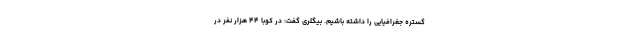
گستره جغرافیایی را داشته باشیم. بیگلری گفت: در کوبا ۴۴ هزار نفر در